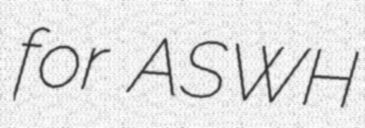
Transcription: for ASWH